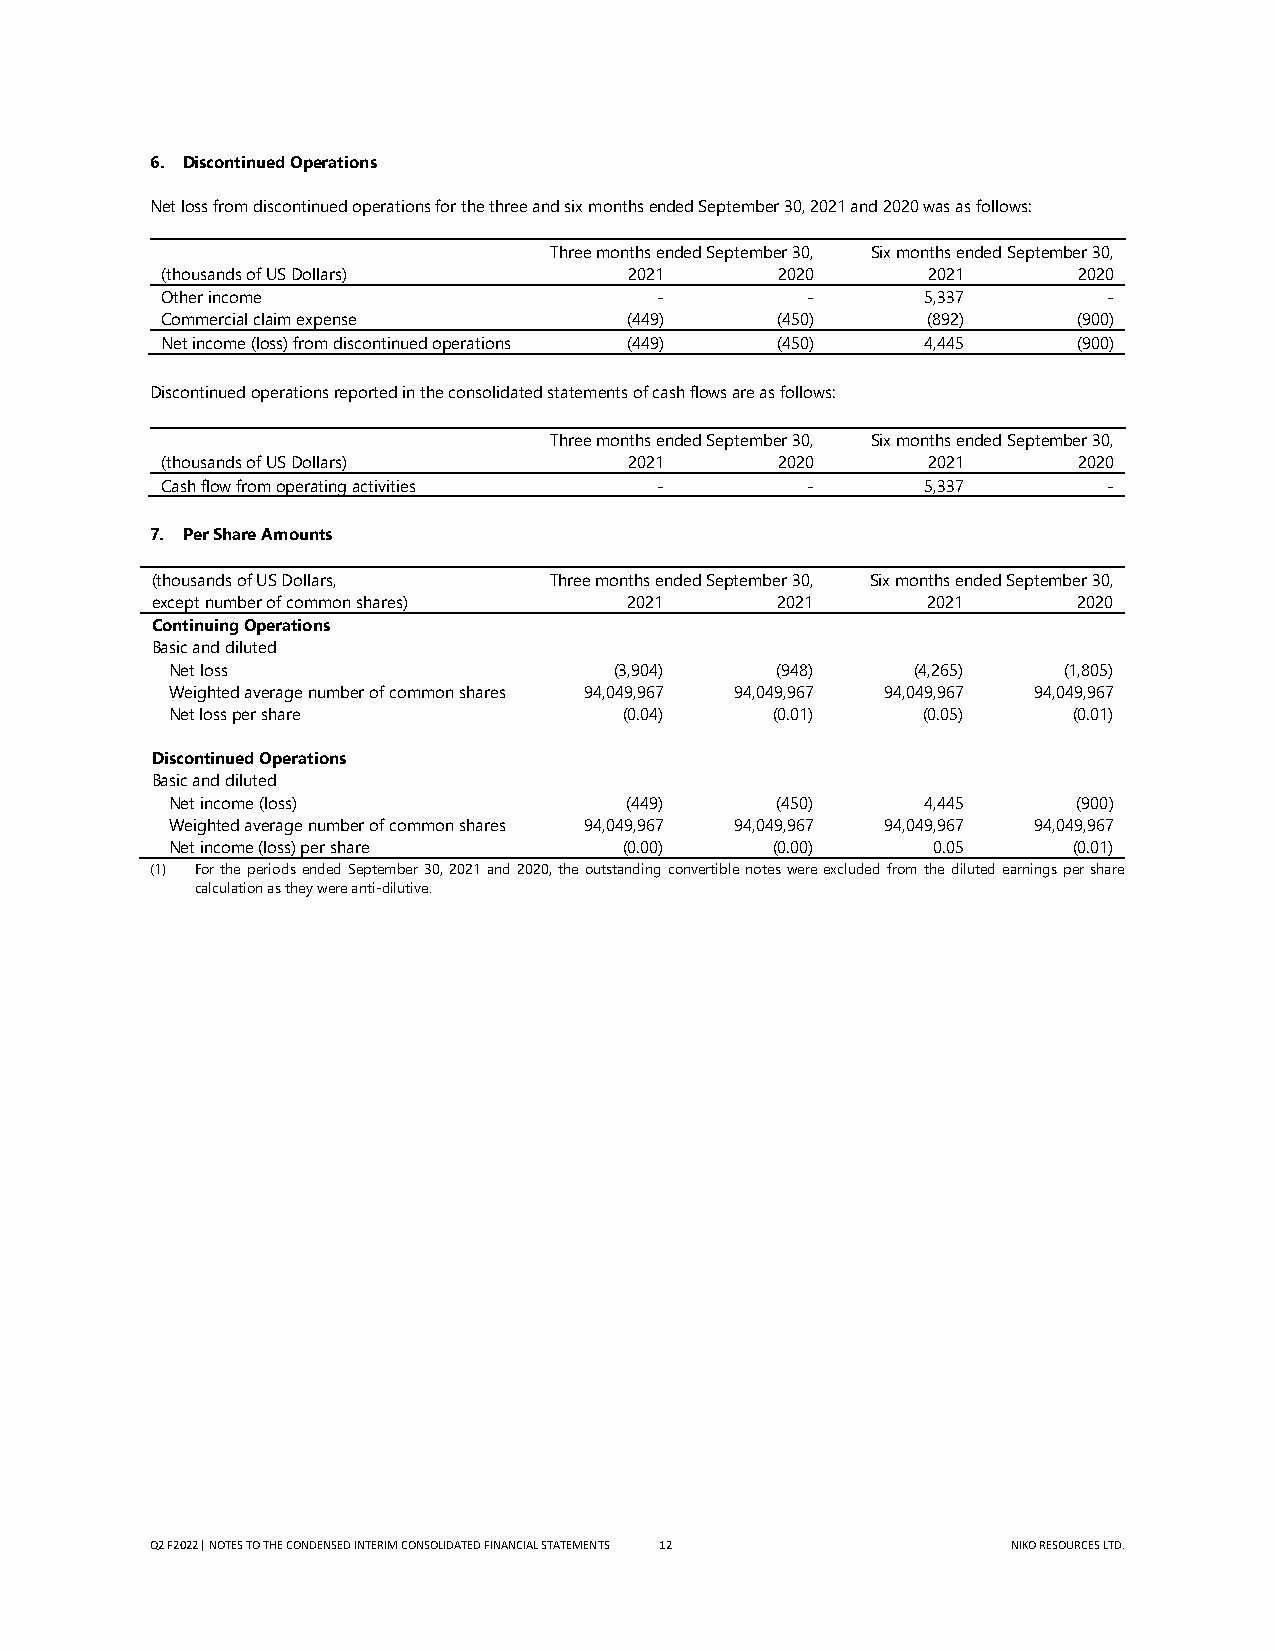
6. Discontinued Operations
 Net loss from discontinued operations for the three and six months ended September 30, 2021 and 2020 was as follows:
 Three months ended September 30, Six months ended September 30,
 (thousands of US Dollars)      2021      2020     2021      2020
 Other income                     -        -       5,337       -
 Commercial claim expense       (449)    (450)     (892)     (900)
 Net income (loss) from discontinued operations (449) (450) 4,445 (900)
 Discontinued operations reported in the consolidated statements of cash flows are as follows:
 Three months ended September 30, Six months ended September 30,
 (thousands of US Dollars)      2021      2020     2021      2020
 Cash flow from operating activities -     -       5,337       -
 7. Per Share Amounts
 (thousands of US Dollars, Three months ended September 30, Six months ended September 30,
 except number of common shares) 2021     2021      2021      2020
 Continuing Operations
 Basic and diluted
 Net loss                      (3,904)   (948)    (4,265)   (1,805)
 Weighted average number of common shares 94,049,967 94,049,967 94,049,967 94,049,967
 Net loss per share            (0.04)    (0.01)    (0.05)    (0.01)
 Discontinued Operations
 Basic and diluted
 Net income (loss)             (449)     (450)     4,445     (900)
 Weighted average number of common shares 94,049,967 94,049,967 94,049,967 94,049,967
 Net income (loss) per share   (0.00)    (0.00)     0.05     (0.01)
 (1) For the periods ended September 30, 2021 and 2020, the outstanding convertible notes were excluded from the diluted earnings per share
 calculation as they were anti-dilutive.
 Q2 F2022 | NOTES TO THE CONDENSED INTERIM CONSOLIDATED FINANCIAL STATEMENTS 12 NIKO RESOURCES LTD.